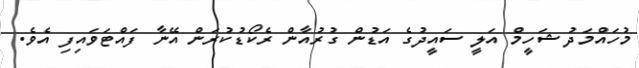
މުހައްމަދު ޝަހީމް އަލީ ސައީދުގެ އަޑުން ގުރުއާން ރެކޯޑުކުރަން އޭނާ ފައްޓަވައިފި އެވެ.